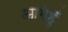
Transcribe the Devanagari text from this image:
आगेहुँ